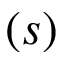
\l ( s )